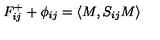
F _ { i j } ^ { + } + \phi _ { i j } = \langle M , S _ { i j } M \rangle